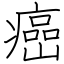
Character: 癌